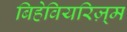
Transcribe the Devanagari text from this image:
बिहेवियरिज़्म